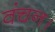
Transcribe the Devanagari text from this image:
वंचन।